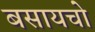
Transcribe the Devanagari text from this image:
बसायचो